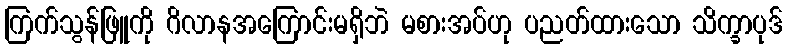
ကြက်သွန်ဖြူကို ဂိလာနအကြောင်းမရှိဘဲ မစားအပ်ဟု ပညတ်ထားသော သိက္ခာပုဒ်